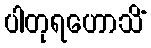
ပါတုရဟောသိံ